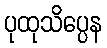
ပုထုသိပ္ပေန